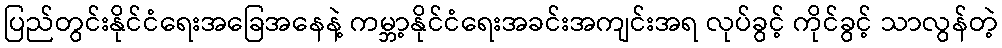
ပြည်တွင်းနိုင်ငံရေးအခြေအနေနဲ့ ကမ္ဘာ့နိုင်ငံရေးအခင်းအကျင်းအရ လုပ်ခွင့် ကိုင်ခွင့် သာလွန်တဲ့